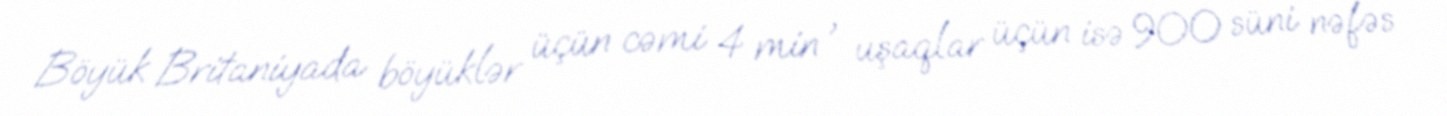
Böyük Britaniyada böyüklər üçün cəmi 4 min , uşaqlar üçün isə 900 süni nəfəs